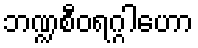
ဘဏ္ဍစီဝရဂ္ဂါဟော